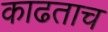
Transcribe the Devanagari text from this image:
काढताच